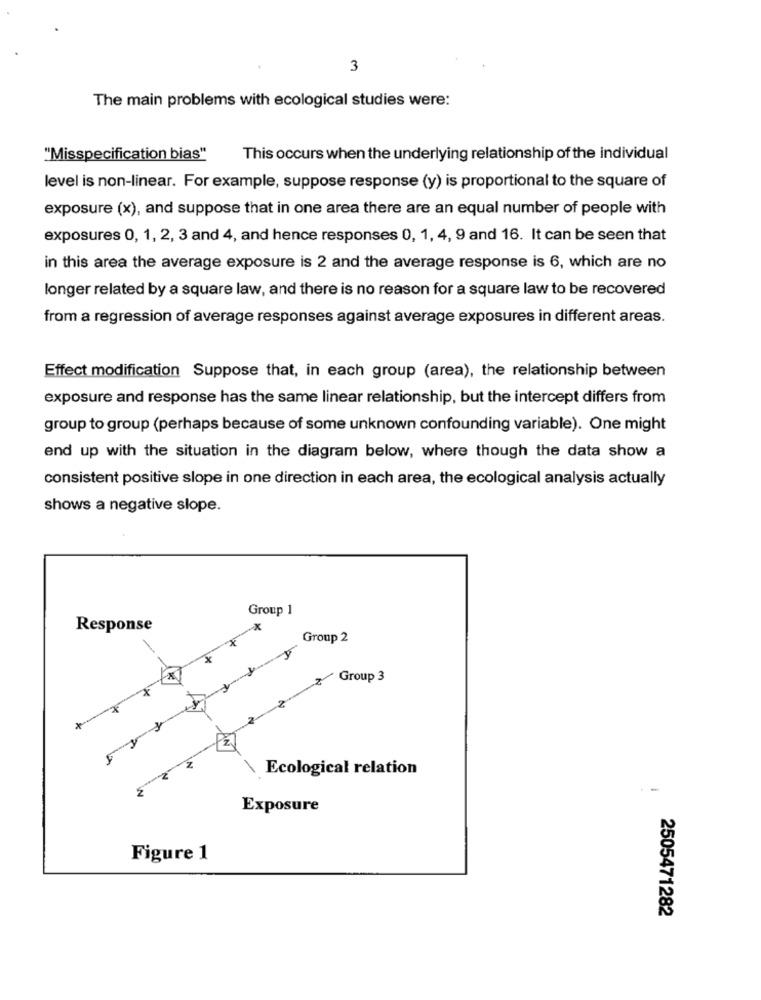
3
The main problems with ecological studies were:
"Misspecification bias"
This occurs when the underlying relationship of the individual
level is non-linear. For example, suppose response (y) is proportional to the square of
exposure (x), and suppose that in one area there are an equal number of people with
exposures 0, 1, 2, 3 and 4, and hence responses 0, 1, 4, 9 and 16. It can be seen that
in this area the average exposure is 2 and the average response is 6, which are no
longer related by a square law, and there is no reason for a square law to be recovered
from a regression of average responses against average exposures in different areas.
Effect modification Suppose that, in each group (area), the relationship between
exposure and response has the same linear relationship, but the intercept differs from
group to group (perhaps because of some unknown confounding variable). One might
end up with the situation in the diagram below, where though the data show a
consistent positive slope in one direction in each area, the ecological analysis actually
shows a negative slope.
Group 1
Response
x
Group 2
2 Group 3
Ecological relation
Exposure
Figure 1
2505471282